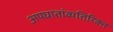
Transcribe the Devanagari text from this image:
अपघातांव्यतिरिक्त